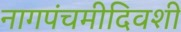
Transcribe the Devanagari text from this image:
नागपंचमीदिवशी